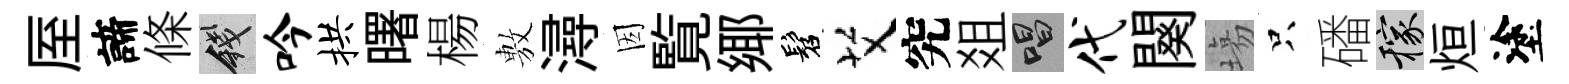
厔諦條錢吟拱曙楊𢾾潯因覧鄊髫艾究爼唱代闋塲只磻稼烜塗